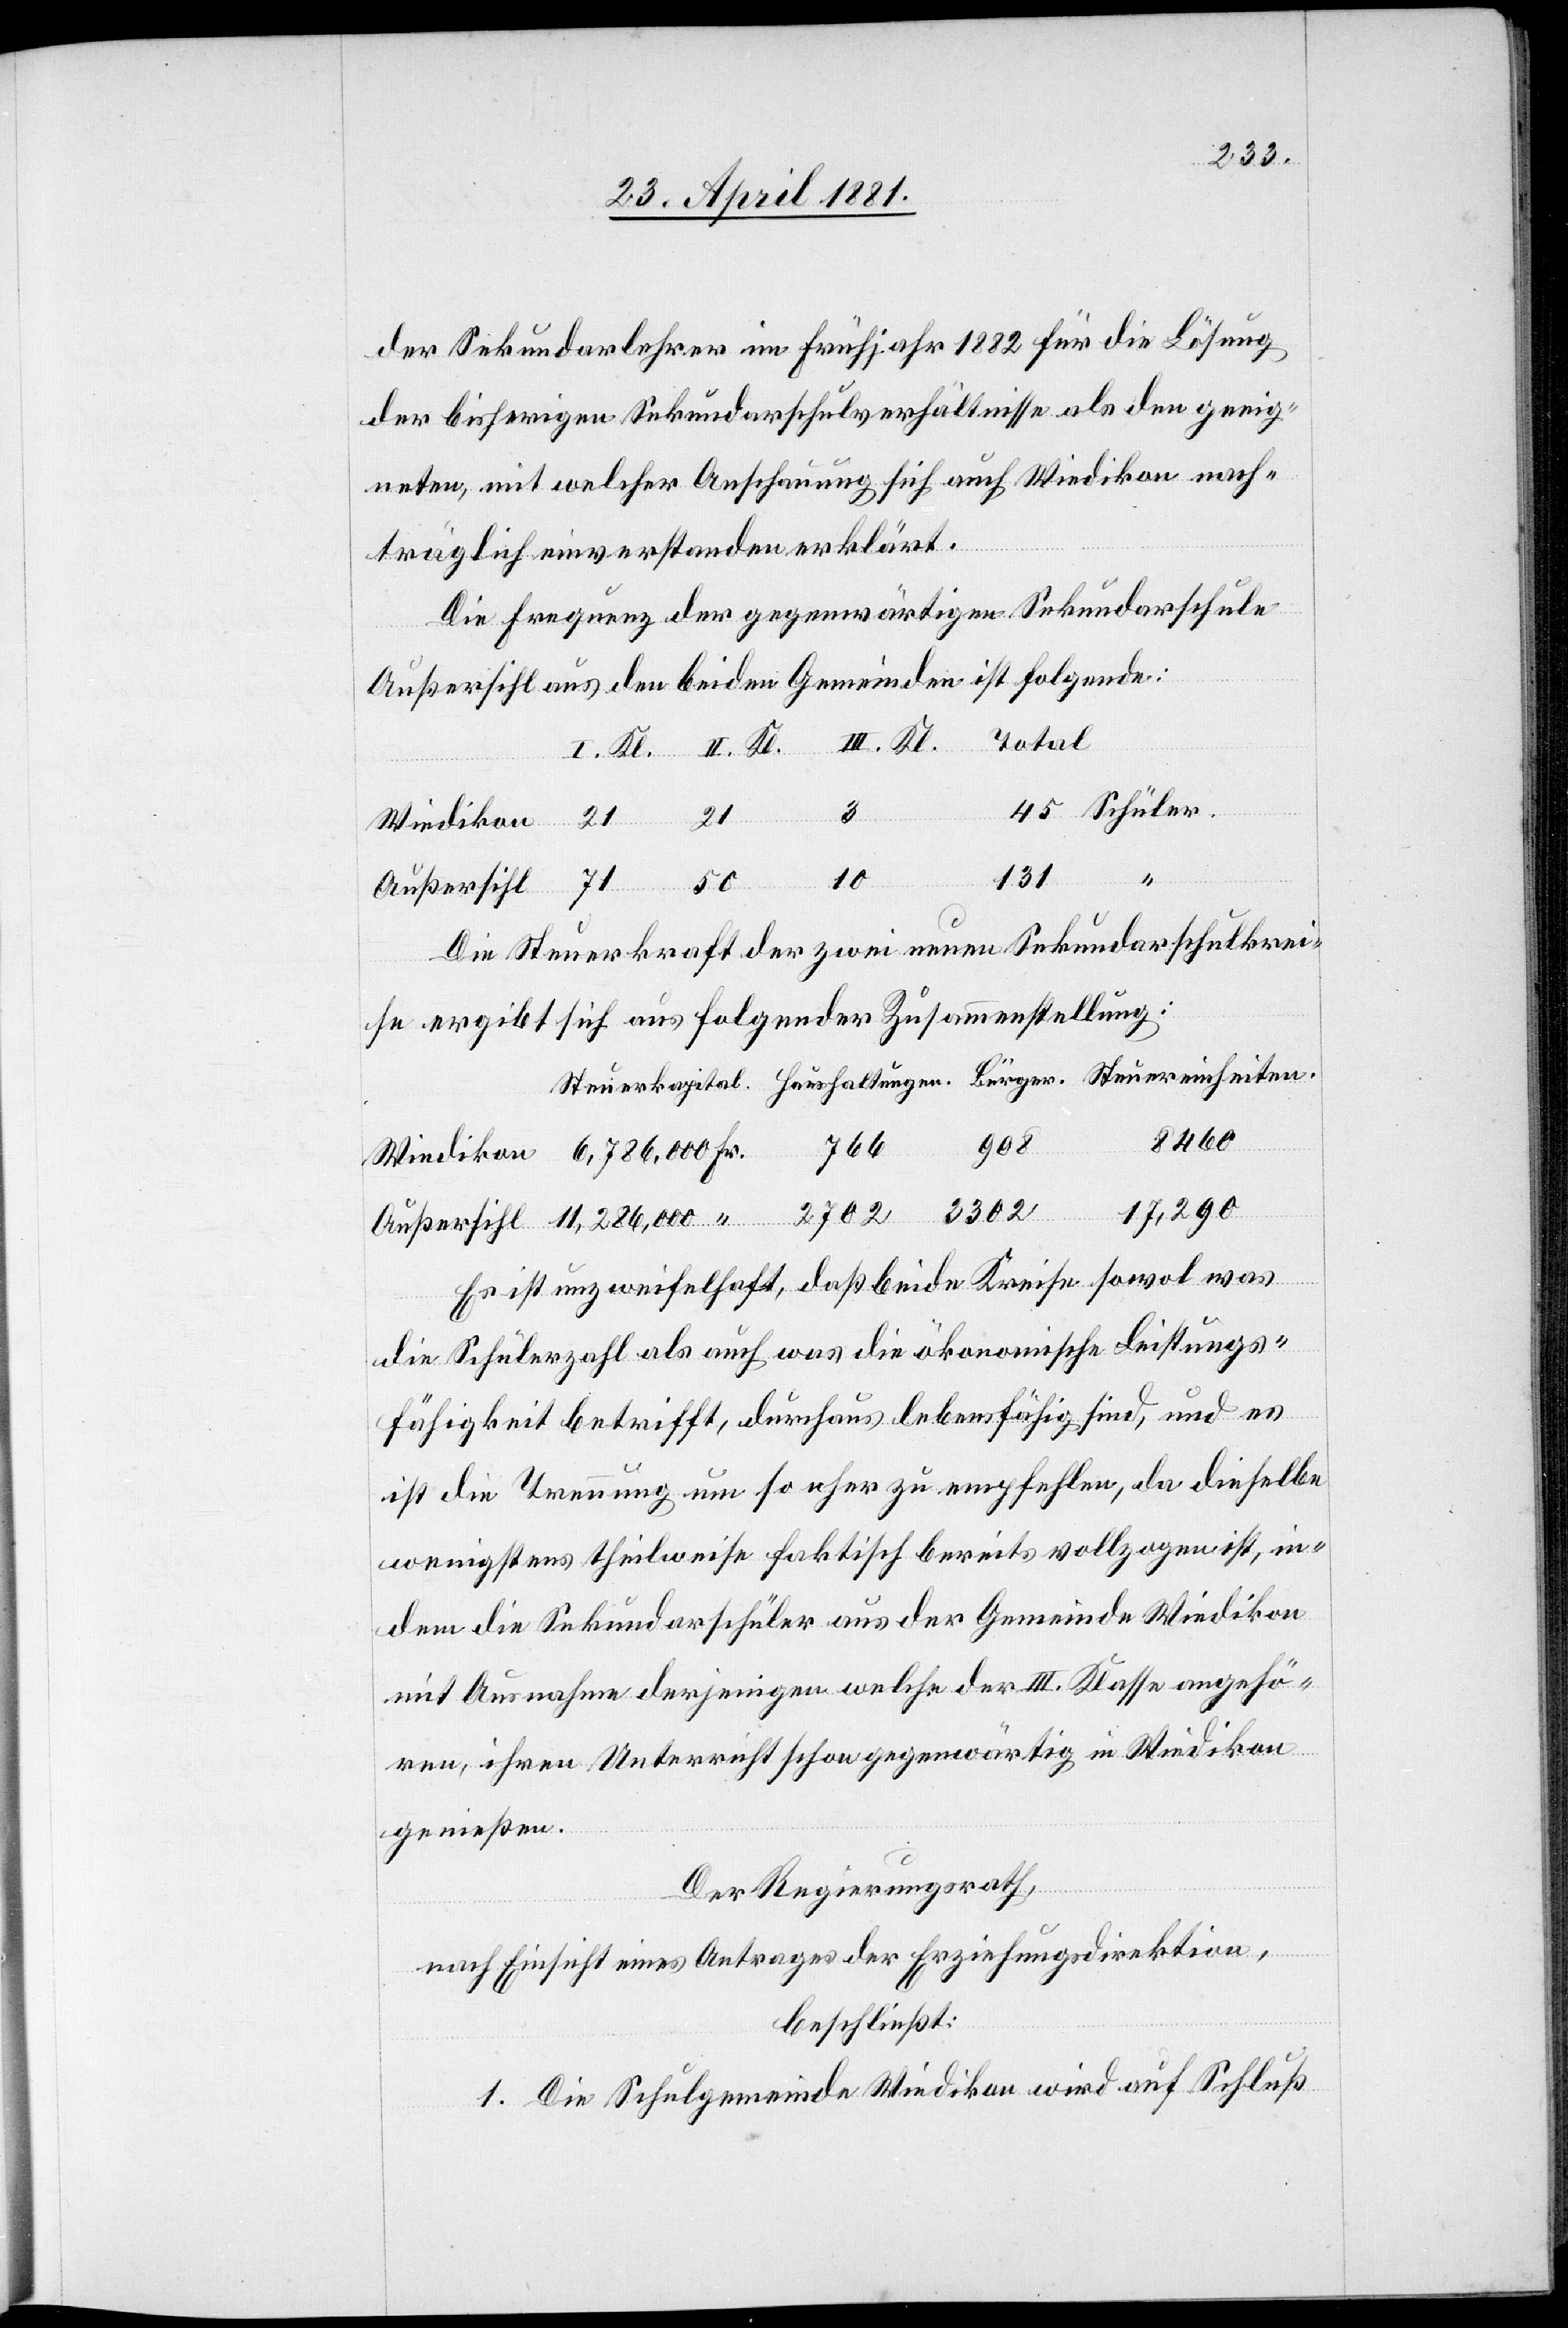
der Sekundarlehrer im Frühjahr 1882 für die Lösung
der bisherigen Sekundarschulverhältnisse als den geeig¬
neten, mit welcher Anschauung sich auch Wiedikon nach¬
träglich einverstanden erklärt.
Die Frequenz der gegenwärtigen Sekundarschule
Außersihl aus den beiden Gemeinden ist folgende:
Schüler.
“
21
Wiedikon
131
10
Die Steuerkraft der zwei neuen Sekundarschulkrei¬
se ergibt sich aus folgender Zusammenstellung:
8460
Es ist unzweifelhaft, daß beide Kreise sowol was
die Schülerzahl als auch was die ökonomische Leistungs¬
fähigkeit betrifft, durchaus lebensfähig sind, und es
ist die Trennung um so eher zu empfehlen, da dieselbe
wenigstens theilweise faktisch bereits vollzogen ist, in
dem die Sekundarschüler aus der Gemeinde Wiedikon
mit Ausnahme derjenigen welche der III. Klasse angehö¬
ren, ihren Unterricht schon gegenwärtig in Wiedikon
genießen.
Der Regierungsrath,
nach Einsicht eines Antrages der Erziehungsdirektion,
beschließt:
1. Die Schulgemeinde Wiedikon wird auf Schluß